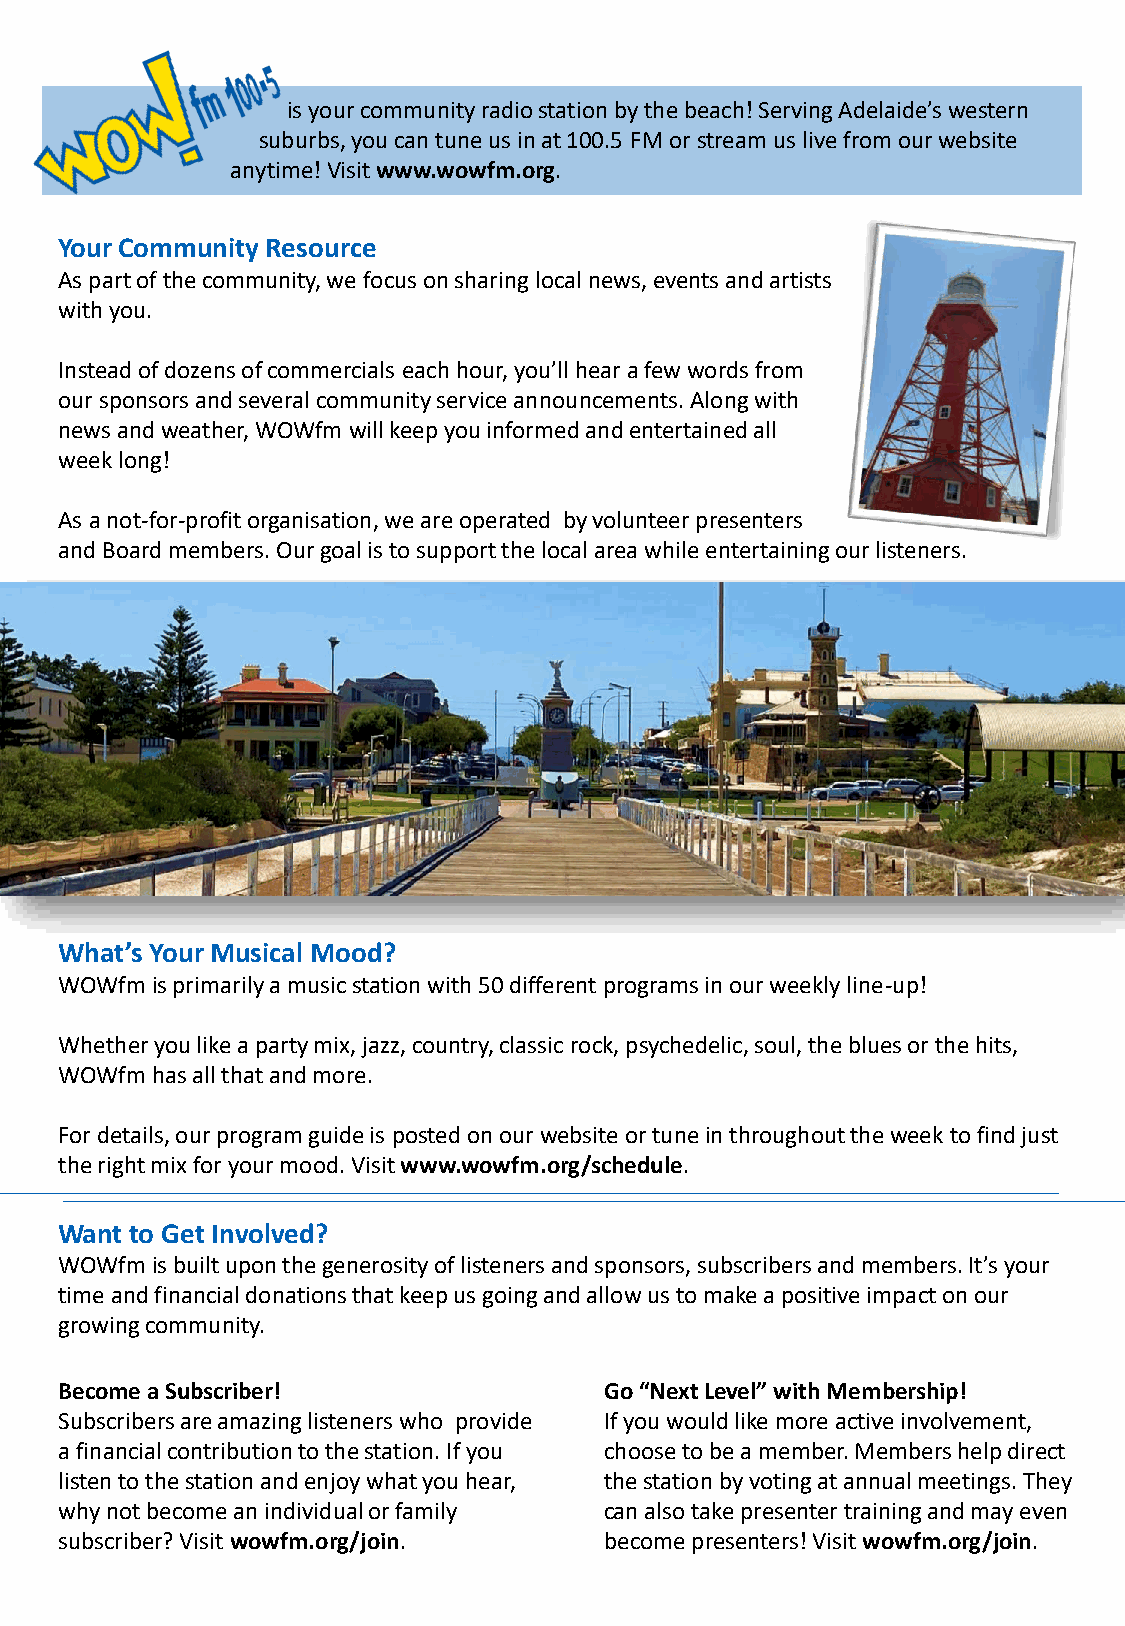
is your community radio station by the beach! Serving Adelaide’s western
 suburbs, you can tune us in at 100.5 FM or stream us live from our website
 anytime! Visitwww.wowfm.org.
 Your Community Resource
 As part of the community, we focus on sharing local news, events and artists
 with you.
 Instead of dozens of commercials each hour, you’ll hear a few words from
 our sponsors and several community service announcements. Along with
 news and weather, WOWfm will keep you informed and entertained all
 week long!
 As a not-for-profit organisation, we are operated by volunteer presenters
 and Board members. Our goal is to support the local area while entertaining our listeners.
 What’s Your Musical Mood?
 WOWfm is primarily a music station with 50 different programs in our weekly line-up!
 Whether you like a party mix, jazz, country, classic rock, psychedelic, soul, the blues or the hits,
 WOWfm has all that and more.
 For details, our program guide is posted on our website or tune in throughout the week to find just
 the right mix for your mood. Visit www.wowfm.org/schedule.
 Want to Get Involved?
 WOWfm is built upon the generosity of listeners and sponsors, subscribers and members. It’s your
 time and financial donations that keep us going and allow us to make a positive impact on our
 growing community.
 Become a Subscriber!                Go “Next Level” with Membership!
 Subscribers are amazing listeners who provide If you would like more active involvement,
 a financial contribution to the station. If you choose to be a member. Members help direct
 listen to the station and enjoy what you hear, the station by voting at annual meetings. They
 why not become an individual or family can also take presenter training and may even
 subscriber? Visit wowfm.org/join.   become presenters! Visit wowfm.org/join.